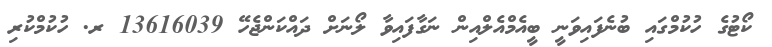
ކޯޓުގެ ހުކުމްގައި ބުނެފައިވަނީ ބީއެމްއެލްއިން ނަގާފައިވާ ލޯނަށް ދައްކަންޖެހޭ 13616039 ރ. ހުކުމްކުރި